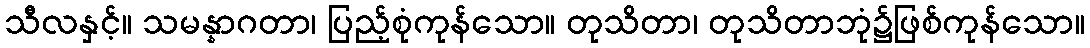
သီလနှင့်။ သမန္နာဂတာ၊ ပြည့်စုံကုန်သော။ တုသိတာ၊ တုသိတာဘုံ၌ဖြစ်ကုန်သော။